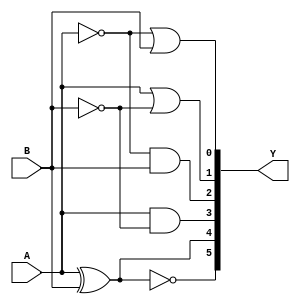
`timescale 1ns/1ns

module Comparator1bit (A,B,Y);
    
    input A,B;
    output [5:0] Y;

    assign Y[5] = ~((A)^(B));
    assign Y[4] = ((A)^(B));
    assign Y[3] = ((A)&(~(B)));
    assign Y[2] = ((~(A))&(B));
    assign Y[1] = ((A)|(~(B)));
    assign Y[0] = ((~(A))|(B));
    
endmodule